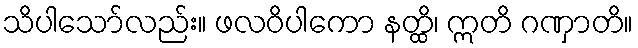
သိပါသော်လည်း။ ဖလဝိပါကော နတ္ထိ၊ ဣတိ ဂဏှာတိ။